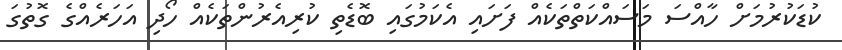
ކުޑަކުރުމަށް ހާއްސަ މަސައްކަތްތަކެއް ފަށައި އެކަމުގައި ބޮޑެތި ކުރިއެރުންތަކެއް ހޯދި އަހަރެއްގެ ގޮތުގަ